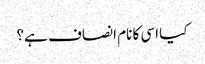
کیا اسی کا نام انصاف ہے؟